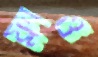
ফ্লাও